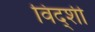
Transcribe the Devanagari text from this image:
विद्शी